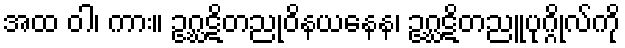
အထ ဝါ၊ ကား။ ဥဂ္ဃဋိတညုဝိနယနေန၊ ဥဂ္ဃဋိတညူပုဂ္ဂိုလ်ကို